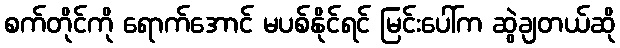
စက်တိုင်ကို ရောက်အောင် မပစ်နိုင်ရင် မြင်းပေါ်က ဆွဲချတယ်ဆို